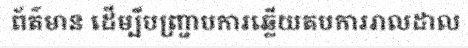
ព័ត៌មាន ដើម្បីបញ្ជ្រាបការឆ្លើយតបការរាលដាល